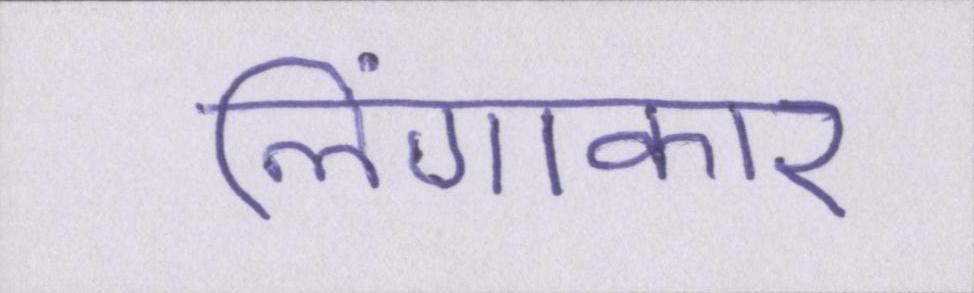
लिंगाकार